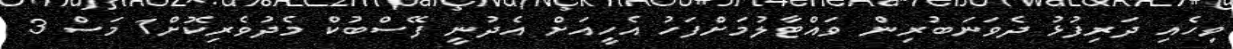
ވިހެއި ދަރިފުޅު ދެވަނަބުރިން ވައްޓާލުމަށްފަހު އެހީއަށް އެދުނީ ފޭސްބުކް މެދުވެރިކޮށް1 މަސް 3